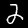
Digit: 2